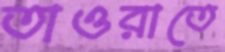
তাওরাতে